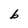
Character: b